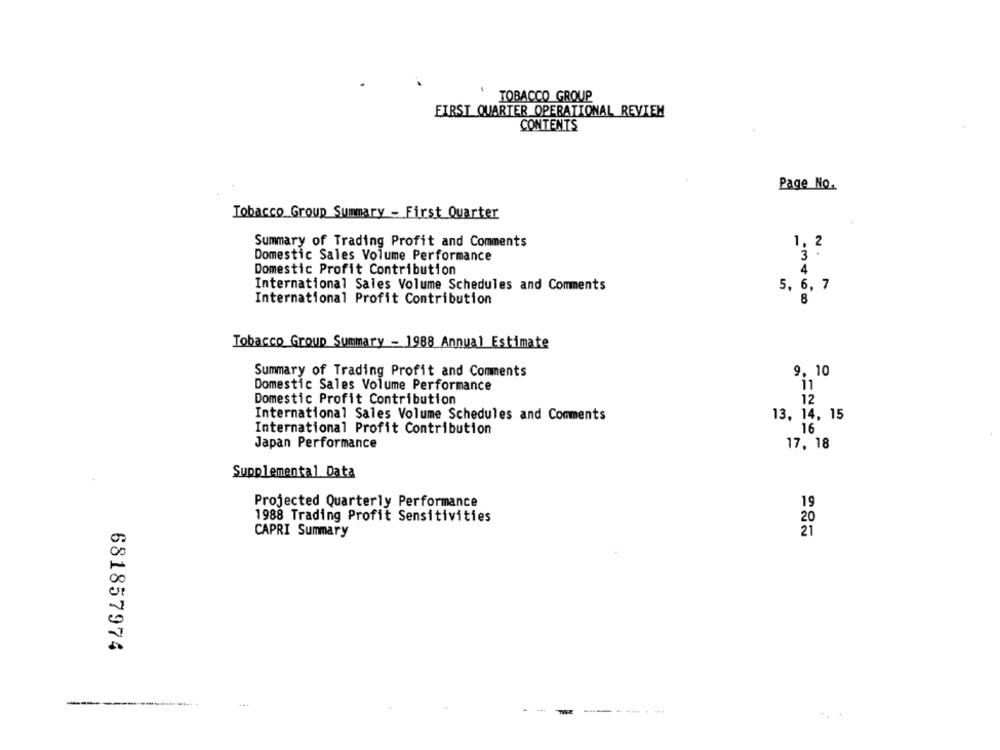
TOBACCO GROUP
FIRST QUARTER OPERATIONAL REVIEN
CONTENTS
Page No.
Tobacco Group Summary - First Quarter
Summary of Trading Profit and Comments
1, 2
Domestic Sales Volume Performance
3.
4
Domestic Profit Contribution
International Sales Volume Schedules and Comments
5, 6, 7
International Profit Contribution
8
Tobacco Group Summary - 1988 Annual Estimate
Summary of Trading Profit and Comments
9, 10
Domestic Sales Volume Performance
11
Domestic Profit Contribution
12
International Sales Volume Schedules and Comments
13, 14, 15
International Profit Contribution
16
Japan Performance
17, 18
Supplemental Data
19
Projected Quarterly Performance
1988 Trading Profit Sensitivities
20
CAPRI Summary
21
681857974
T